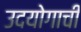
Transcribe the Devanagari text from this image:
उदयोगाची